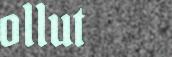
ollut